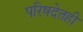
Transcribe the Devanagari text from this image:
परिषदेतही